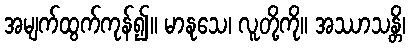
အမျက်ထွက်ကုန်၍။ မာနုသေ၊ လူတို့ကို။ အဿာသန္တိ၊